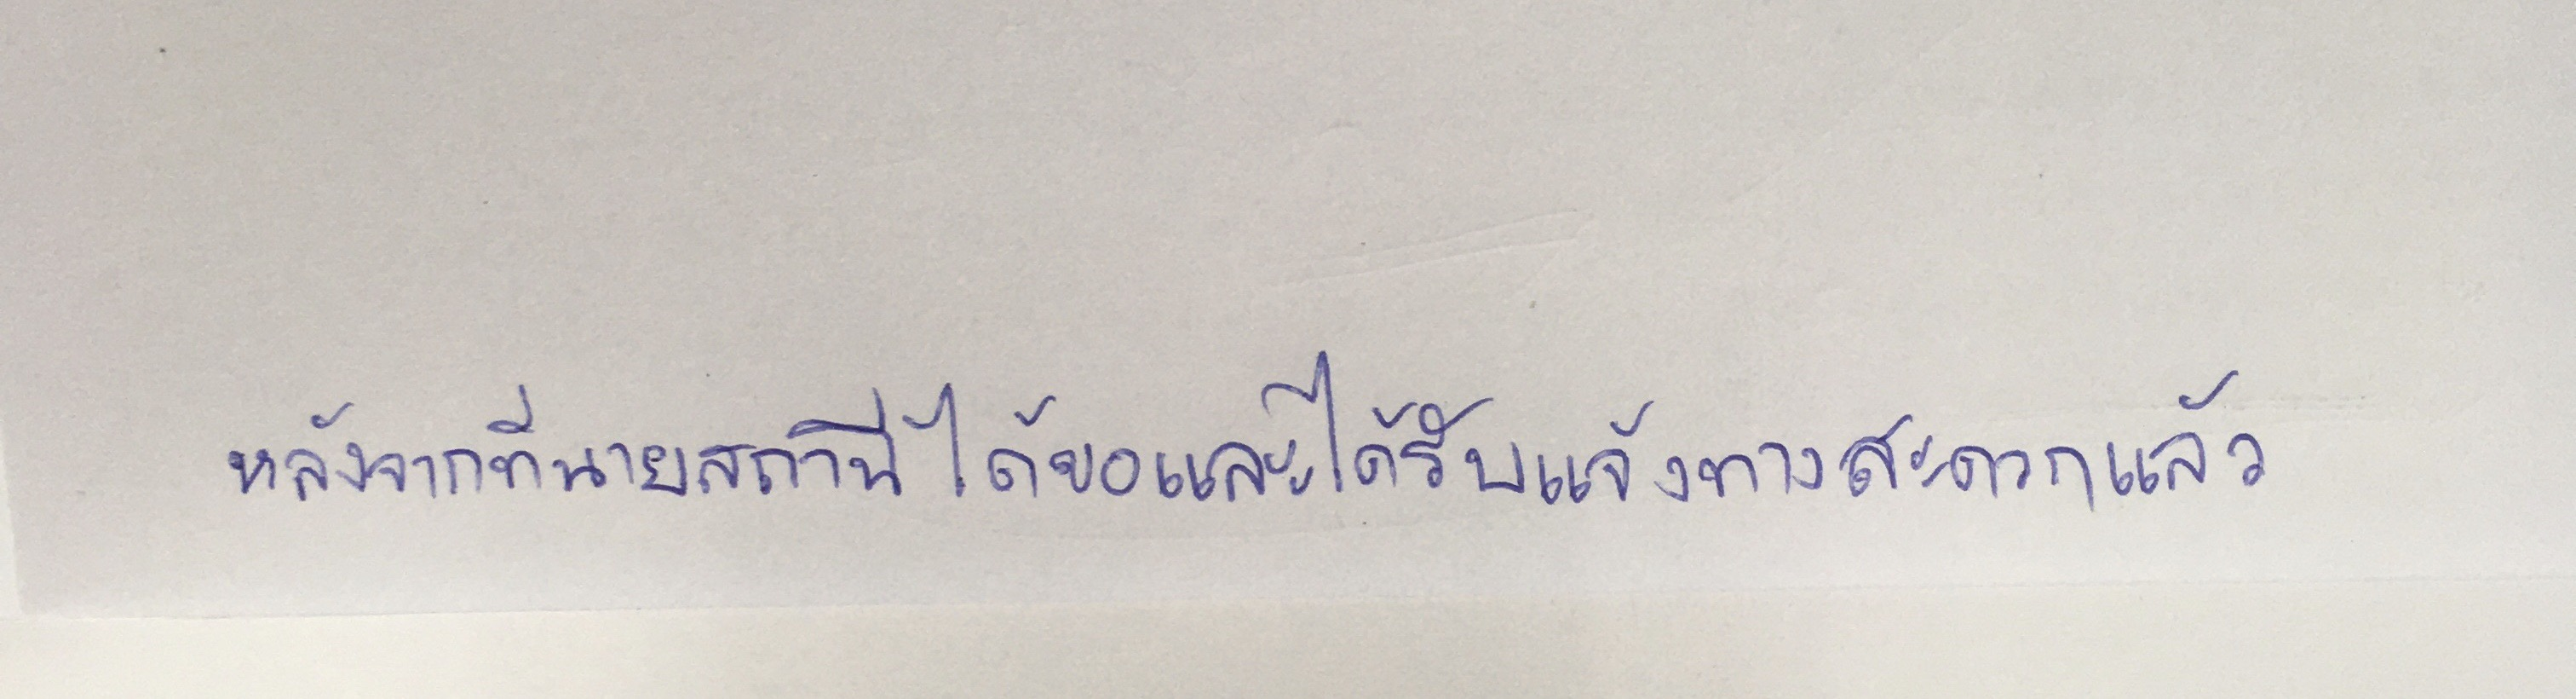
หลังจากที่นายสถานีได้ขอและได้รับแจ้งทางสะดวกแล้ว